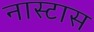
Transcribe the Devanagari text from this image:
नास्टास